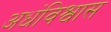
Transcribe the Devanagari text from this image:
अधंविश्वास